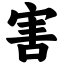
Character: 害